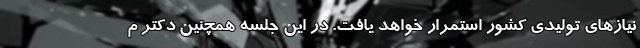
نیازهای تولیدی کشور استمرار خواهد یافت. در این جلسه همچنین دکتر م